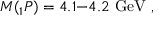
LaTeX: M ( { } _ { 1 } P ) = 4 . 1 \mathrm { - } 4 . 2 \ \mathrm { G e V } \ ,